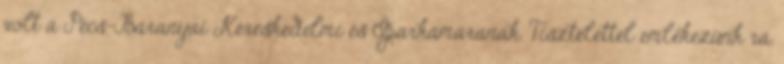
volt a Pécs-Baranyai Kereskedelmi és Iparkamarának. Tisztelettel emlékezünk rá.